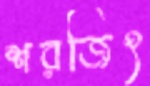
শরজিৎ